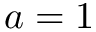
a = 1